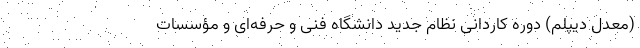
(معدل دیپلم) دوره کاردانی نظام جدید دانشگاه فنی و حرفه‌ای و مؤسسات